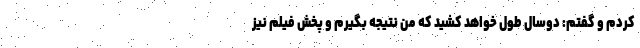
کردم و گفتم: دوسال طول خواهد کشید که من نتیجه بگیرم و پخش فیلم نیز